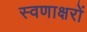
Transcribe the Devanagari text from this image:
स्वणाक्षरों